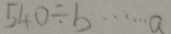
5 4 0 \div b \cdots a